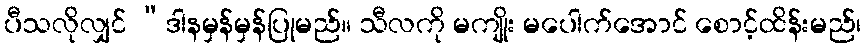
ပီသလိုလျှင် “ဒါနမှန်မှန်ပြုမည်။ သီလကို မကျိုး မပေါက်အောင် စောင့်ထိန်းမည်၊